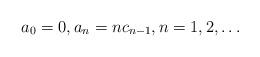
LaTeX: \begin{align*} a_0=0,a_n = n c_{n-1}, n=1,2,\ldots \end{align*}